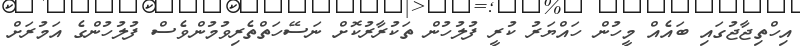
އިހްތިޖާޖުގައި ބައެއް މީހުން ހައްޔަރު ކުރީ ފުލުހުން ތަކުރާރުކޮށް ނަސޭހަތްތެރިވުމުންވެސް ފުލުހުންގެ އަމުރަށް